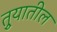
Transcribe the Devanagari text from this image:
तुर्‍यातील